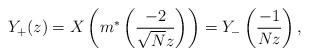
LaTeX: \begin{align*} Y_{+}(z)=X\left(m^{*}\left(\frac{-2}{\sqrt{N}z}\right)\right)=Y_{-}\left(\frac{-1}{N z}\right),\end{align*}